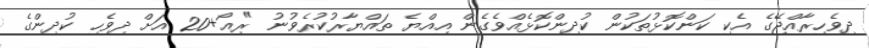
ދިވެހިރާއްޖޭގެ އެކި ކަންކޮޅުތަކުން ކުދިންކޮޅެއްވެގެން އިއްޔެ ތައްޔާރުކުރެވުނު "ރިއޯ+20 އަށް ދިވެހި ކުދިންގެ